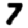
Digit: 7